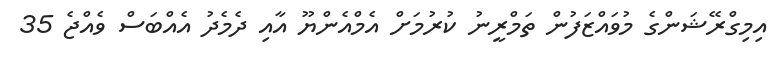
އިމިގްރޭޝަންގެ މުވައްޒަފުން ތަމްރީނު ކުރުމަށް އެމްއެންޔޫ އާއި ދެމެދު އެއްބަސް ވެއްޖެ 35